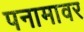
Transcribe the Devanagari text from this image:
पनामावर